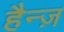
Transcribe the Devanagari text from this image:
हैन्ज़